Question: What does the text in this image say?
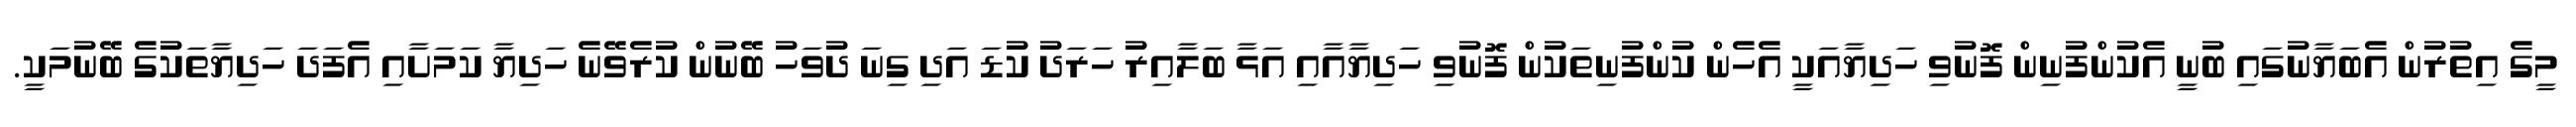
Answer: މީގެ އިތުރުން އެބަޔާނުގައި ބުނީ އެކުންފުނިން ފޮނުވި ހަދިޔާއަކީ އެހެން ކުންފުނިތަކުން ފޮނުވި ހަދިޔާއާއި އަޅާ ބަލާއިރު ހަރަދު ކުޑަ އަދި ގިނަ ދުވަހު ބޭނުން ކުރެވޭނެ ހަދިޔާ ކަމަށާއި އެފަދަ ހަދިޔާތަކުގެ ބޭނުމަކީ.